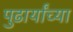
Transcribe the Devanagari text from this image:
पुढार्यांच्या